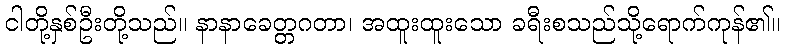
ငါတို့နှစ်ဦးတို့သည်။ နာနာခေတ္တဂတာ၊ အထူးထူးသော ခရီးစသည်သို့ရောက်ကုန်၏။